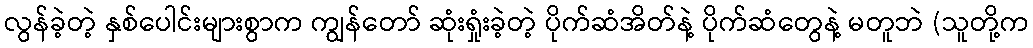
လွန်ခဲ့တဲ့ နှစ်ပေါင်းများစွာက ကျွန်တော် ဆုံးရှုံးခဲ့တဲ့ ပိုက်ဆံအိတ်နဲ့ ပိုက်ဆံတွေနဲ့ မတူဘဲ (သူတို့က